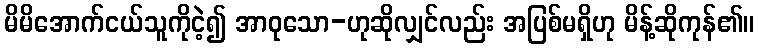
မိမိအောက်ငယ်သူကိုငဲ့၍ အာဝုသော-ဟုဆိုလျှင်လည်း အပြစ်မရှိဟု မိန့်ဆိုကုန်၏။